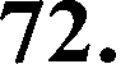
72.